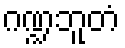
ဂဏ္ဍဘူတံ